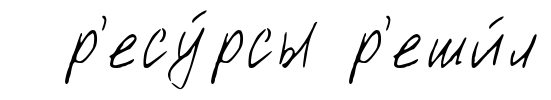
р'есу́рсы р'еши́л